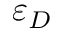
\varepsilon _ { D }